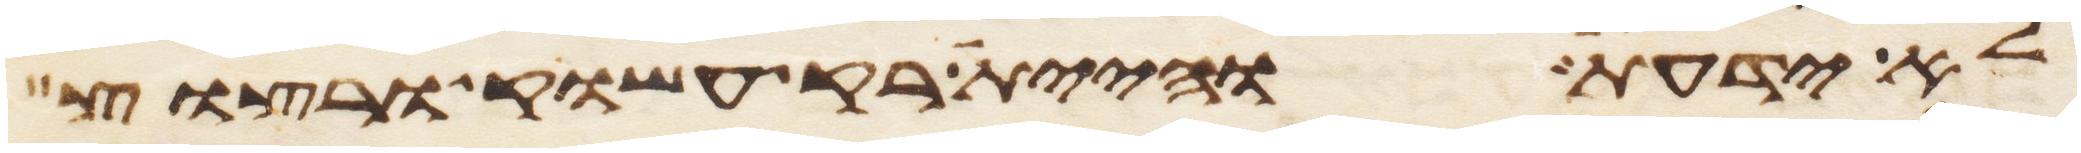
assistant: לא ידעת והיית רק עשוק ורצוץ